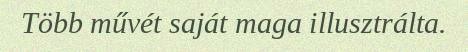
Több művét saját maga illusztrálta.